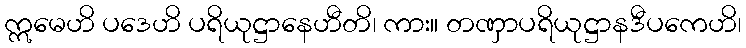
ဣမေဟိ ပဒေဟိ ပရိယုဋ္ဌာနေဟီတိ၊ ကား။ တဏှာပရိယုဋ္ဌာနဒီပကေဟိ၊